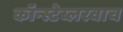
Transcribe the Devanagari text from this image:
कॉन्स्टेब्लरवाच